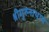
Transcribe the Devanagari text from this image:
श्रीगुरुनाथाय